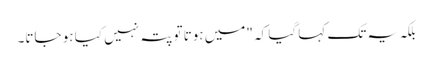
بلکہ یہ تک کہا گیا کہ "میں ہوتا تو پتہ نہیں کیا ہو جاتا۔